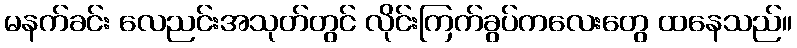
မနက်ခင်း လေညင်းအသုတ်တွင် လိုင်းကြက်ခွပ်ကလေးတွေ ထနေသည်။